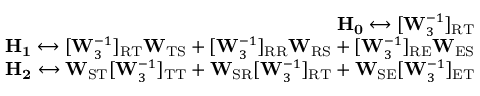
\begin{array} { r } { \mathbf { H _ { 0 } } \longleftrightarrow [ \mathbf { W } _ { 3 } ^ { - 1 } ] _ { \mathrm { R T } } } \\ { \mathbf { H _ { 1 } } \longleftrightarrow [ \mathbf { W } _ { 3 } ^ { - 1 } ] _ { \mathrm { R T } } \mathbf { W } _ { \mathrm { T S } } + [ \mathbf { W } _ { 3 } ^ { - 1 } ] _ { \mathrm { R R } } \mathbf { W } _ { \mathrm { R S } } + [ \mathbf { W } _ { 3 } ^ { - 1 } ] _ { \mathrm { R E } } \mathbf { W } _ { \mathrm { E S } } } \\ { \mathbf { H _ { 2 } } \longleftrightarrow \mathbf { W } _ { \mathrm { S T } } [ \mathbf { W } _ { 3 } ^ { - 1 } ] _ { \mathrm { T T } } + \mathbf { W } _ { \mathrm { S R } } [ \mathbf { W } _ { 3 } ^ { - 1 } ] _ { \mathrm { R T } } + \mathbf { W } _ { \mathrm { S E } } [ \mathbf { W } _ { 3 } ^ { - 1 } ] _ { \mathrm { E T } } } \end{array}